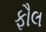
ફૌલ